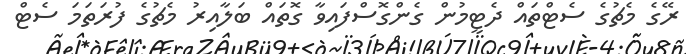
ރޭގެ މެޗުގެ ސެޓްތައް ދެޓީމުން ގެންގޮސްފައިވާ ގޮތައް ބަލާއިރު މެޗުގެ ފުރަތަމަ ސެޓް